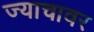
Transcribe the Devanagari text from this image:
ज्याचावर